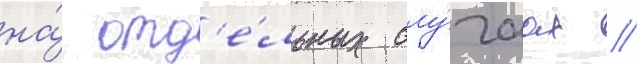
на́ отд'е́льных слу́чаах //